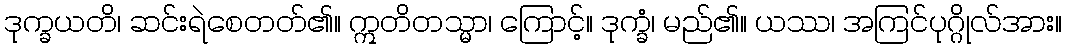
ဒုက္ခယတိ၊ ဆင်းရဲစေတတ်၏။ ဣတိတသ္မာ၊ ကြောင့်။ ဒုက္ခံ၊ မည်၏။ ယဿ၊ အကြင်ပုဂ္ဂိုလ်အား။